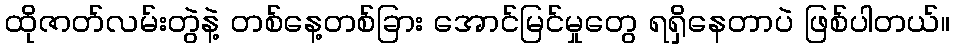
ထိုဇာတ်လမ်းတွဲနဲ့ တစ်နေ့တစ်ခြား အောင်မြင်မှုတွေ ရရှိနေတာပဲ ဖြစ်ပါတယ်။